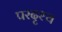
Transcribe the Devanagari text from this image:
परदृश्य